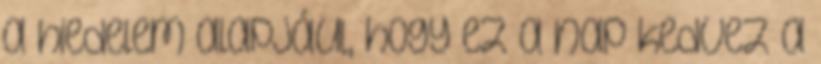
a hiedelem alapjául, hogy ez a nap kedvez a